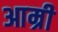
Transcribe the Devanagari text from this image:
आम्री